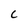
Character: C